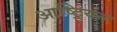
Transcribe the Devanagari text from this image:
आष्ट्रियन